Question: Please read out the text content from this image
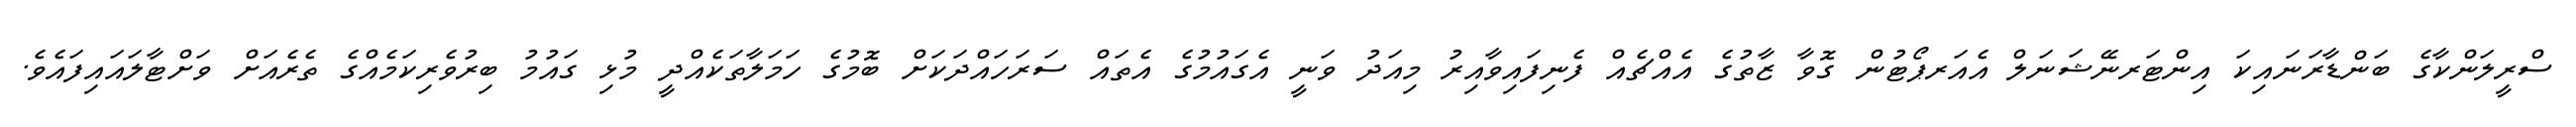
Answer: ސްރީލަންކާގެ ބަންޑާރަނައިކަ އިންޓަރނޭޝަނަލް އެއަރޕޯޓުން ގޮވާ ޒާތުގެ އެއްޗެއް ފެނިފައިވާއިރު މިއަދު ވަނީ އެގައުމުގެ އެތައް ސަރަހައްދަކަށް ބޮމުގެ ހަމަލާތަކެއްދީ މުޅި ގައުމު ބިރުވެރިކަމެއްގެ ތެރެއަށް ވަށްޓާލައައިފައެވެ.